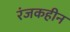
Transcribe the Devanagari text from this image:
रंजकहीन